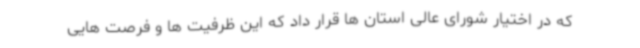
که در اختیار شورای عالی استان ها قرار داد که این ظرفیت ها و فرصت هایی